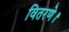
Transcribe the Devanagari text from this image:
वितरणे।